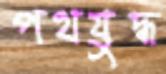
পথযুদ্ধ